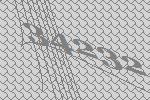
34232